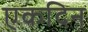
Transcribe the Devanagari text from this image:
एकदिन